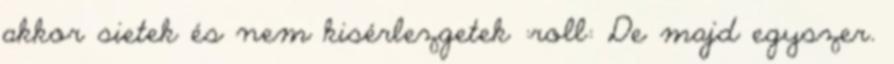
akkor sietek és nem kisérlezgetek :roll: De majd egyszer.